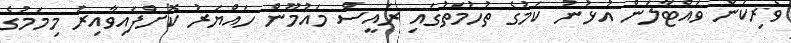
ވެރިކަން ވައްޓާލަން އުޅުނު ކަމުގެ ތުހުމަތުގައި ރައީސް މައުމޫން ހައްޔަރު ކޮށްފައިވާއިރު މިމަމުގެ